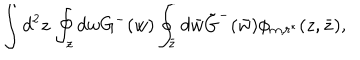
LaTeX: \int d ^ { 2 } z \, \oint _ { z } d w G ^ { - } ( w ) \oint _ { \bar { z } } d \bar { w } \tilde { G } ^ { - } ( \bar { w } ) \phi _ { m , r ^ { * } } ( z , \bar { z } ) ,